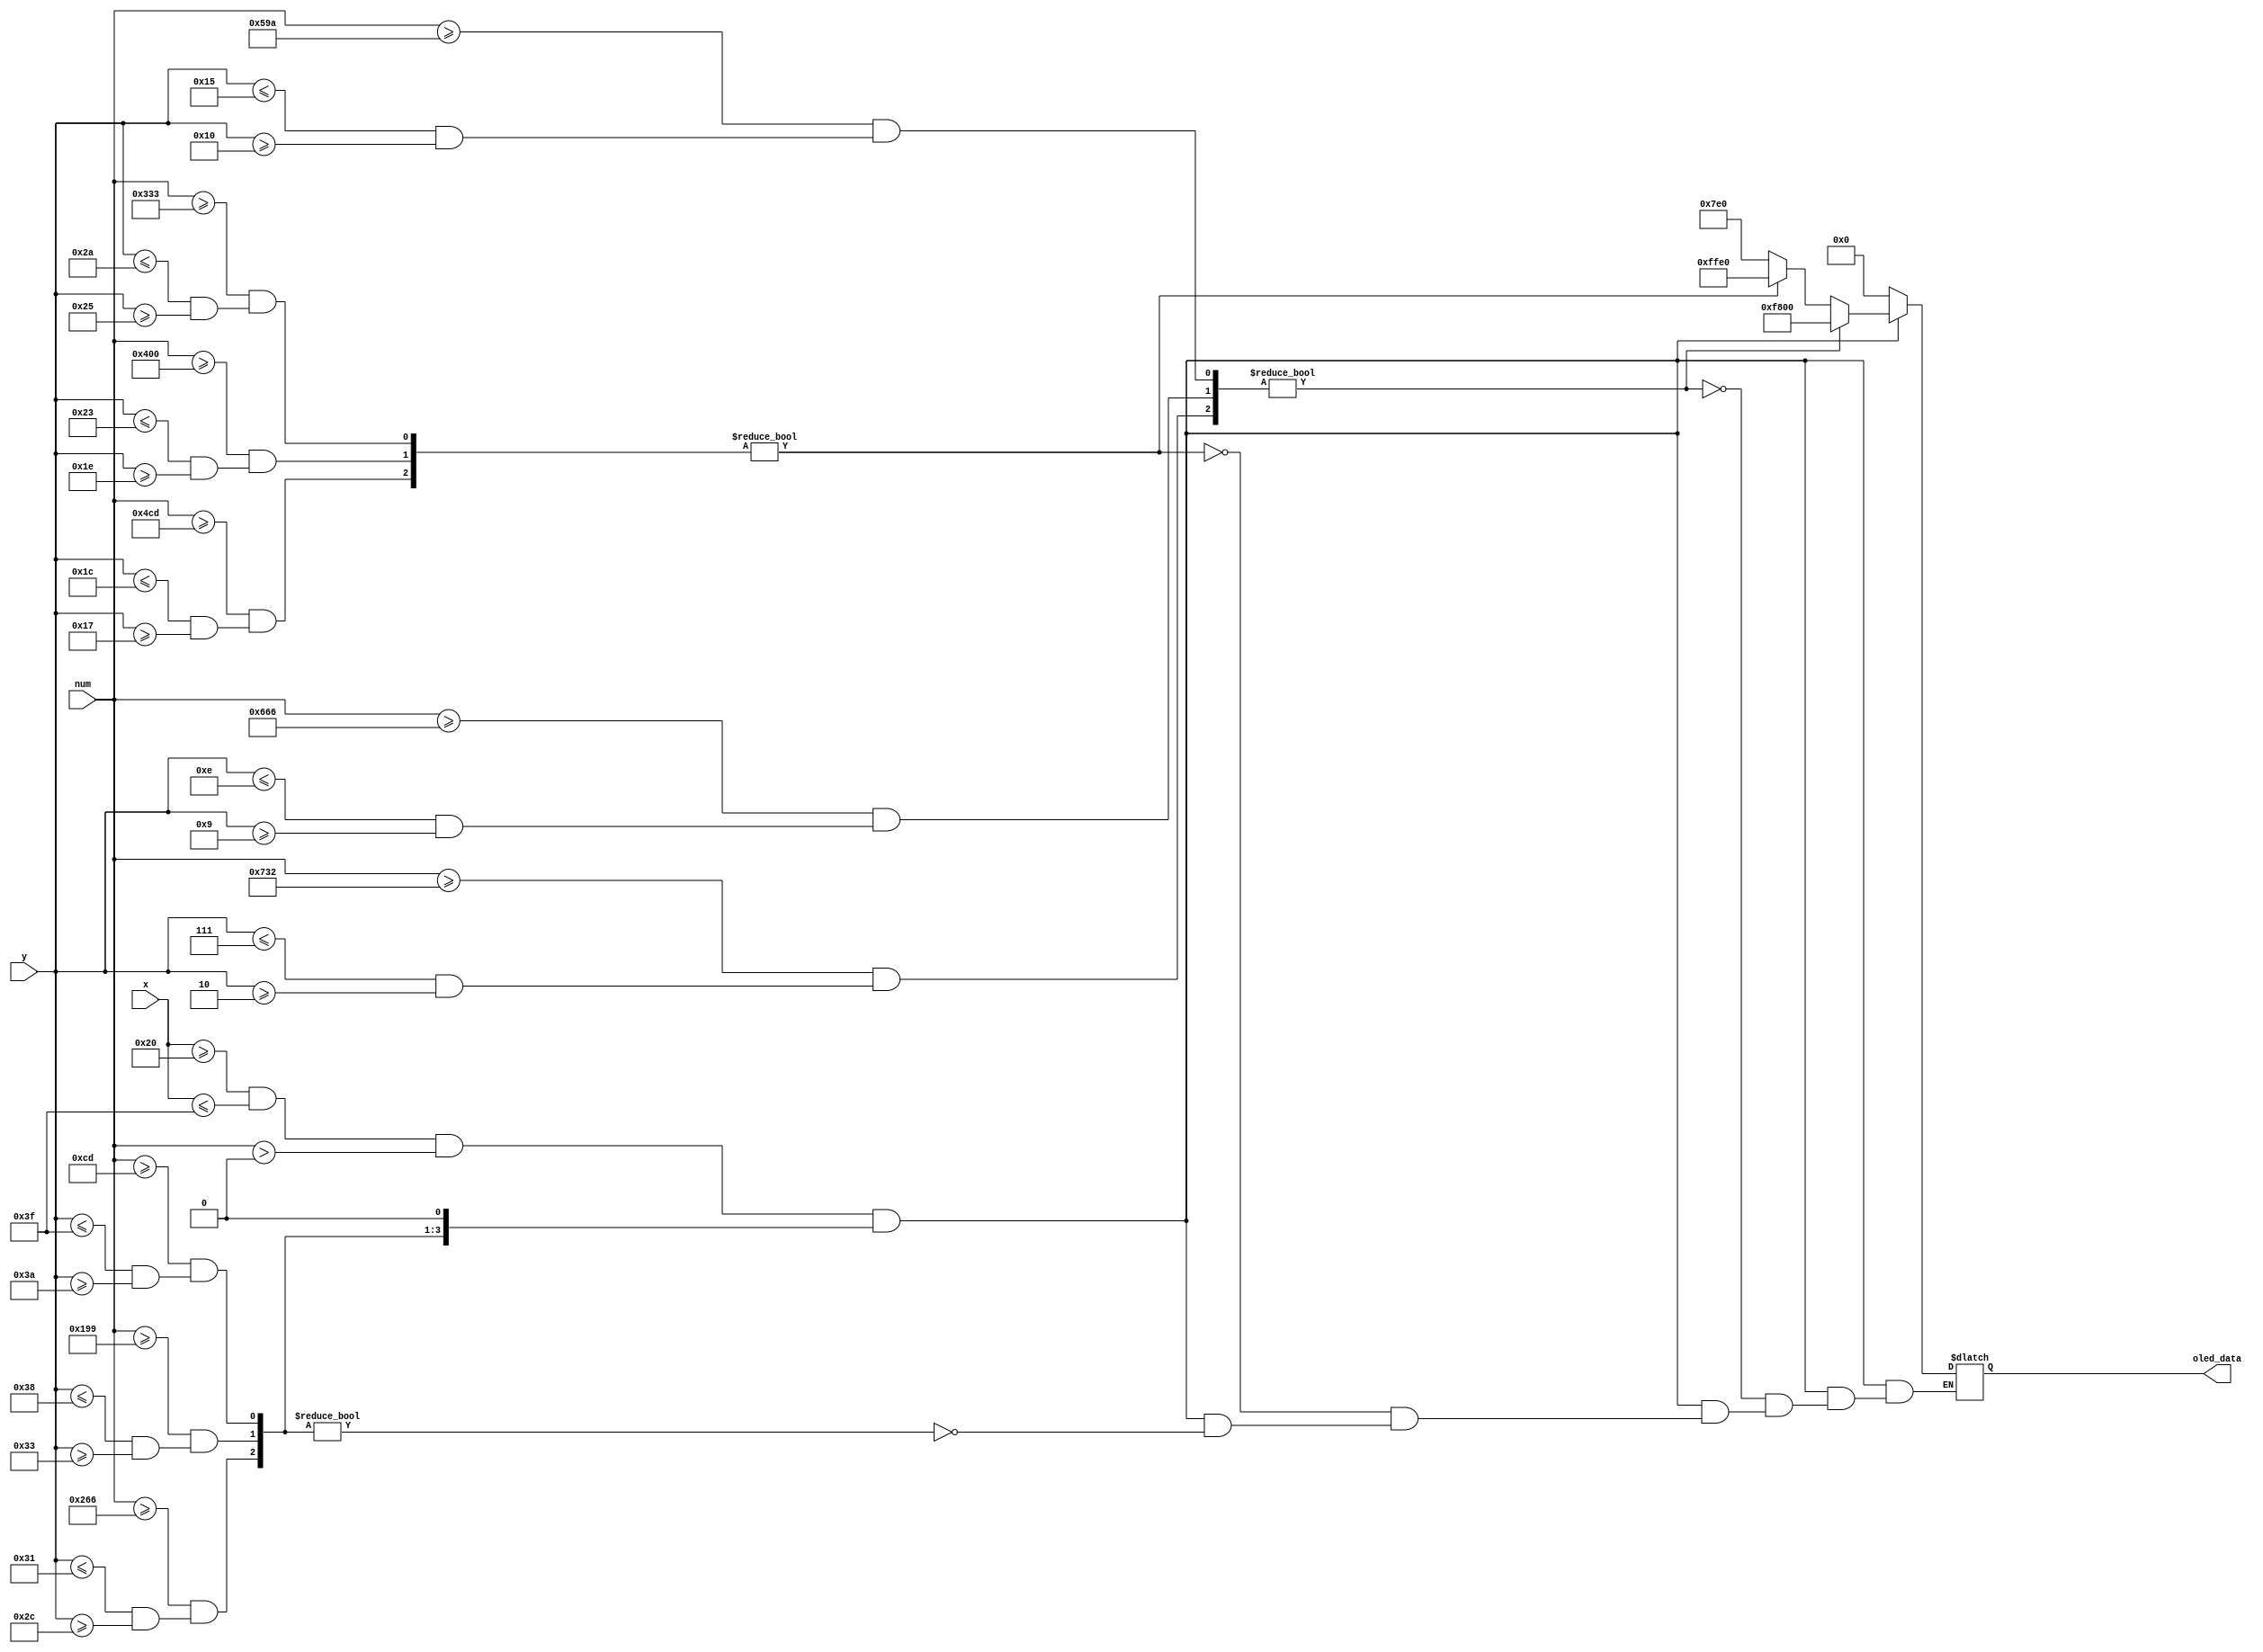
`timescale 1ns / 1ps
//////////////////////////////////////////////////////////////////////////////////
// Company: 
// Engineer: 
// 
// Design Name: 
// Module Name: vol_bar_oled
// Project Name: 
// Target Devices: 
// Tool Versions: 
// Description: 
// 
// Dependencies: 
// 
// Revision:
// Revision 0.01 - File Created
// Additional Comments:
// 
//////////////////////////////////////////////////////////////////////////////////


module vol_bar_oled(
    input [10:0] num,
    input [6:0] x, y,
    output reg [15:0] oled_data
    );
    
        // Booleans 
    wire x_range;
    wire [9:0] v;
    assign x_range = x >= 32 && x <= 63;
    // Boolean value at each level
    assign v[0] = 0;
    assign v[1] = (num >= 205  && (y <= 63 && y >= 58));
    assign v[2] = (num >= 409  && (y <= 56 && y >= 51));
    assign v[3] = (num >= 614  && (y <= 49 && y >= 44));
    assign v[4] = (num >= 819  && (y <= 42 && y >= 37));
    assign v[5] = (num >= 1024 && (y <= 35 && y >= 30));
    assign v[6] = (num >= 1229 && (y <= 28 && y >= 23));
    assign v[7] = (num >= 1434 && (y <= 21 && y >= 16));
    assign v[8] = (num >= 1638 && (y <= 14 && y >= 9));
    assign v[9] = (num >= 1842 && (y <= 7 && y >= 2));

    // Assigning volume bar oled_data
    always @ (*) begin
        if (x_range && num > 0 && v) begin
            if (v[3:1])
                oled_data = 16'b00000_111111_00000;
            if (v[6:4])
                oled_data = 16'b11111_111111_00000;
            if (v[9:7]) 
                oled_data = 16'b11111_000000_00000;
        end else 
            oled_data = 16'b0;
    end
endmodule